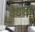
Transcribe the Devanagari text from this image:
वैधरूप